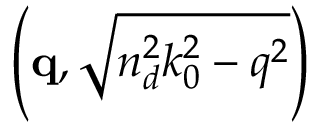
\left( \mathbf { q } , \sqrt { n _ { d } ^ { 2 } k _ { 0 } ^ { 2 } - q ^ { 2 } } \right)